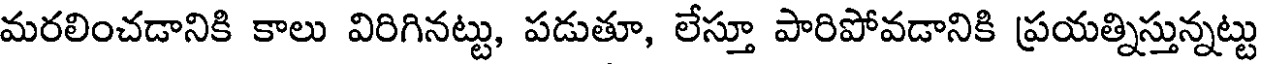
మరలించడానికి కాలు విరిగినట్టు, పడుతూ, లేస్తూ పారిపోవడానికి ప్రయత్నిస్తున్నట్టు